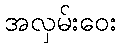
အလှမ်းဝေး